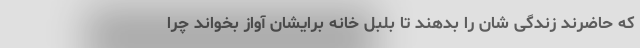
که حاضرند زندگی شان را بدهند تا بلبل خانه برایشان آواز بخواند چرا